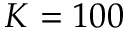
K = 1 0 0